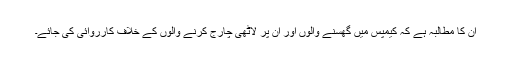
ان کا مطالبہ ہے کہ کیمپس میں گھسنے والوں اور ان پر لاٹھی چارج کرنے والوں کے خلاف کارروائی کی جائے۔